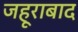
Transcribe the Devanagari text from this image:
जहूराबाद